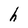
Character: h